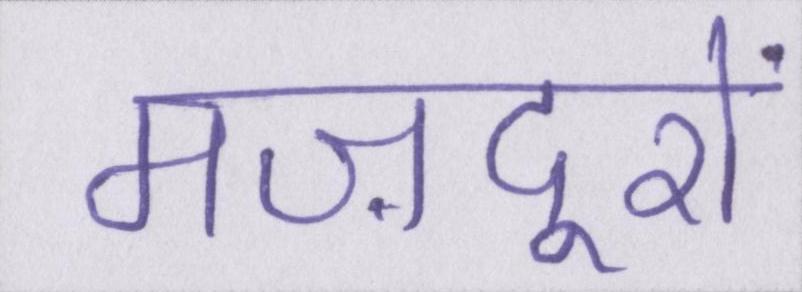
मज़दूरों